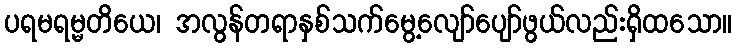
ပရမရမ္မတိယေ၊ အလွန်တရာနှစ်သက်မွေ့လျော်ပျော်ဖွယ်လည်းရှိထသော။